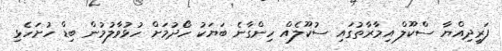
ފަރީދިއްޔާ ސްކޫލް އިމާރާތުގައި ސުކޫލެއް ހިންގާނެ ބަޔަކު ހޯދުމަށް ހުޅުވާލުމުން ބިޑް ހުށަހެޅި